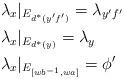
LaTeX: \begin{align*}&\lambda_x|_{E_{d^*(y'f')}}=\lambda_{y'f'} \\&\lambda_x|_{E_{d^*(y)}} = \lambda_y \\&\lambda_x|_{E_{[wb^{-1}, wa]}}= \phi'\end{align*}